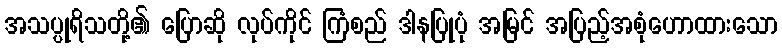
အသပ္ပုရိသတို့၏ ပြောဆို လုပ်ကိုင် ကြံစည် ဒါနပြုပုံ အမြင် အပြည့်အစုံဟောထားသော